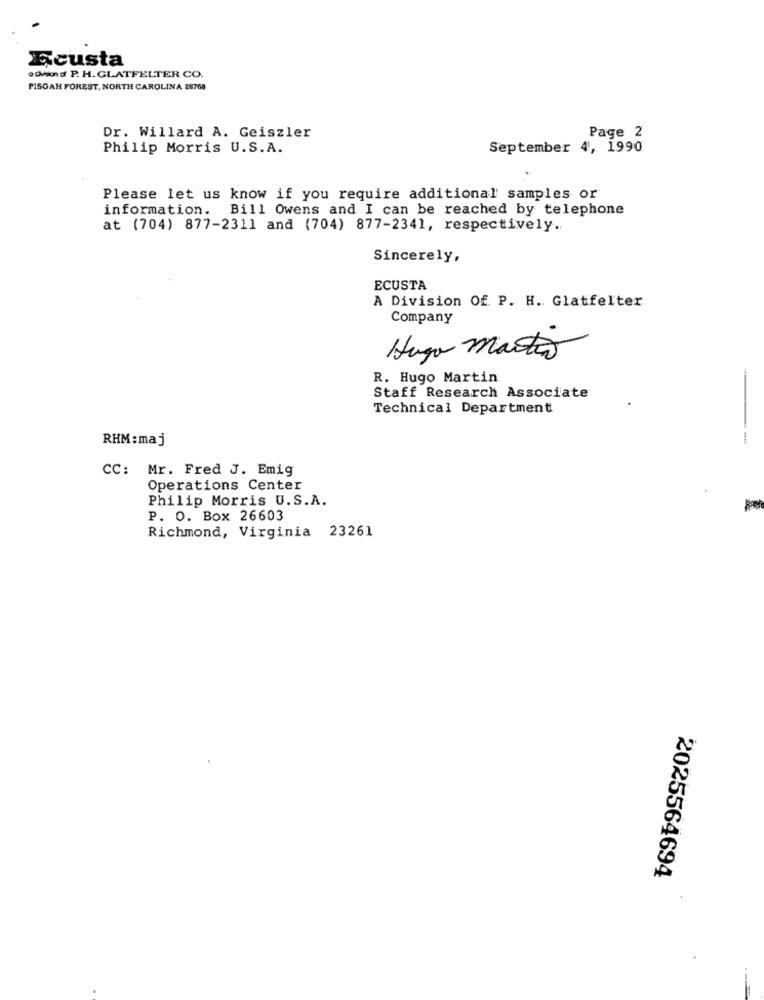
Ecusta
ochod P. H.GLATFELTER CO.
PISGAH FOREST. NORTH CAROLINA 28768
Dr. Willard A. Geiszler
Page 2
Philip Morris U.S.A.
September 4, 1990
Please let us know if you require additional samples or
information.
Bill Owens and I can be reached by telephone
at (704) 877-2311 and (704) 877-2341, respectively.
Sincerely,
ECUSTA
A Division Of. P. H. Glatfelter
Company
Hugo martes
R. Hugo Martin
Staff Research Associate
Technical Department
RHM : maj
CC: Mr. Fred J. Emig
Operations Center
Philip Morris U.S.A.
P. O. Box 26603
Richmond, Virginia 23261
2025564694